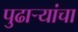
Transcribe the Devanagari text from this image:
पुढाऱ्यांचा